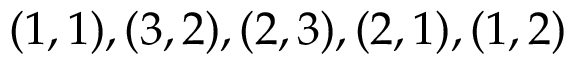
{ ( 1 , 1 ) , ( 3 , 2 ) , ( 2 , 3 ) , ( 2 , 1 ) , ( 1 , 2 ) }